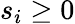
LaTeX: s_{i}\geq 0